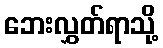
ဘေးလွှတ်ရာသို့